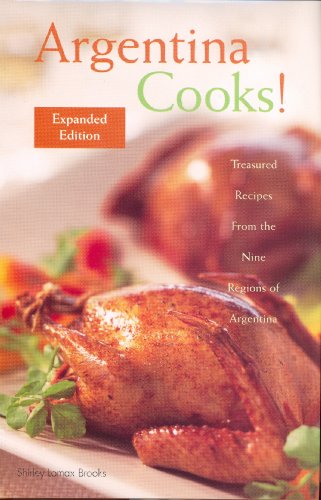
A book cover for Argentina Cooks! :Treasured Recipes from the Nine Regions of Argentina; Shirley Lomax Brooks; Cookbooks, Food & Wine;